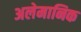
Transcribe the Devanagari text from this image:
अलेमानिक